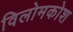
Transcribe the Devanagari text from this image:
विलोमकोश